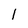
Character: 1